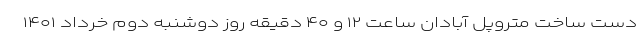
دست ساخت متروپل آبادان ساعت ۱۲ و ۴۰ دقیقه روز دوشنبه دوم خرداد ۱۴۰۱